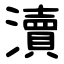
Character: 瀆